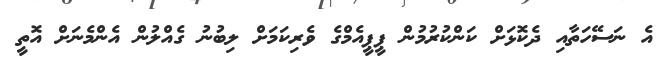
އެ ނަސޭހަތާއި ދެކޮޅަށް ކަންކުރުމުން ޕީޕީއެމްގެ ވެރިކަމަށް ލިބުނު ގެއްލުން އެންމެނަށް އޮތީ